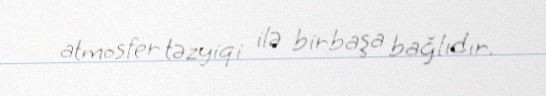
atmosfer təzyiqi ilə birbaşa bağlıdır.